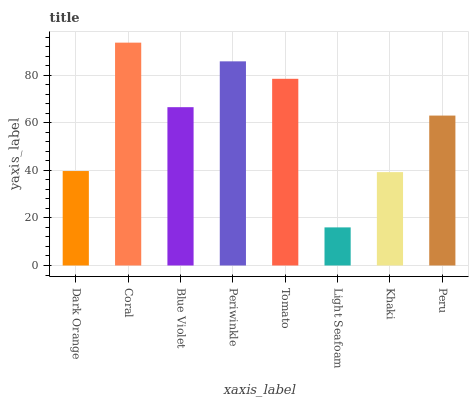
| xaxis_label | bars |
 | --- | --- |
 | Dark Orange | 39.7 |
 | Coral | 93.7 |
 | Blue Violet | 66.5 |
 | Periwinkle | 85.8 |
 | Tomato | 78.5 |
 | Light Seafoam | 16 |
 | Khaki | 39.2 |
 | Peru | 63 |